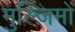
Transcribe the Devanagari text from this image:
मुल्ज़िमों